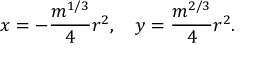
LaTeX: x = - { \frac { m ^ { 1 / 3 } } { 4 } } r ^ { 2 } , \quad y = { \frac { m ^ { 2 / 3 } } { 4 } } r ^ { 2 } .